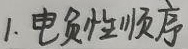
电负性顺序